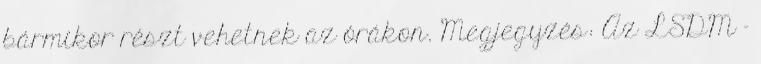
bármikor részt vehetnek az órákon. Megjegyzés: Az LSDM -